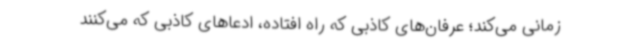
زمانی می‌کند؛ عرفان‌های کاذبی که راه افتاده، ادعاهای کاذبی که می‌کنند